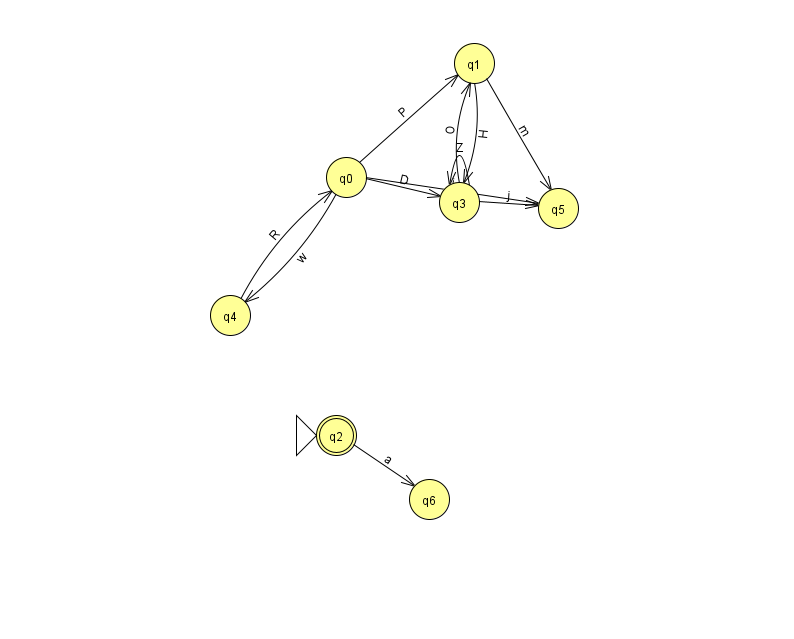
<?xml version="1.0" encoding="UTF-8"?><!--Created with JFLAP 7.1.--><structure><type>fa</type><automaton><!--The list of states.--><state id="0" name="q0"><x>346.0</x><y>164.0</y></state><state id="1" name="q1"><x>474.0</x><y>50.0</y></state><state id="2" name="q2"><x>336.0</x><y>422.0</y><initial/><final/></state><state id="3" name="q3"><x>459.0</x><y>189.0</y></state><state id="4" name="q4"><x>230.0</x><y>302.0</y></state><state id="5" name="q5"><x>558.0</x><y>195.0</y></state><state id="6" name="q6"><x>429.0</x><y>486.0</y></state><!--The list of transitions.--><transition><from>3</from><to>5</to><read>j</read></transition><transition><from>1</from><to>3</to><read>H</read></transition><transition><from>3</from><to>1</to><read>O</read></transition><transition><from>0</from><to>1</to><read>P</read></transition><transition><from>0</from><to>3</to><read>D</read></transition><transition><from>2</from><to>6</to><read>a</read></transition><transition><from>3</from><to>3</to><read>Z</read></transition><transition><from>0</from><to>4</to><read>w</read></transition><transition><from>0</from><to>5</to><read>i</read></transition><transition><from>1</from><to>5</to><read>m</read></transition><transition><from>4</from><to>0</to><read>R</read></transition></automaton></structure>